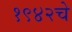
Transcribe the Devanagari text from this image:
१९४२चे